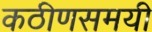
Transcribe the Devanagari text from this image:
कठीणसमयी